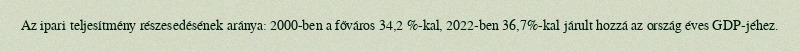
Az ipari teljesítmény részesedésének aránya: 2000-ben a főváros 34,2 %-kal, 2022-ben 36,7%-kal járult hozzá az ország éves GDP-jéhez.